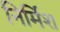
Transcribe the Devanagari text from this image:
निर्मिश